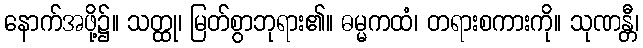
နောက်အဖို့၌။ သတ္ထု၊ မြတ်စွာဘုရား၏။ ဓမ္မကထံ၊ တရားစကားကို။ သုဏန္တီ၊